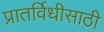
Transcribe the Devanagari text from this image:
प्रातर्विधीसाठी